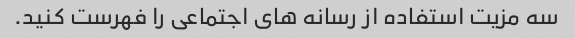
سه مزیت استفاده از رسانه های اجتماعی را فهرست کنید.